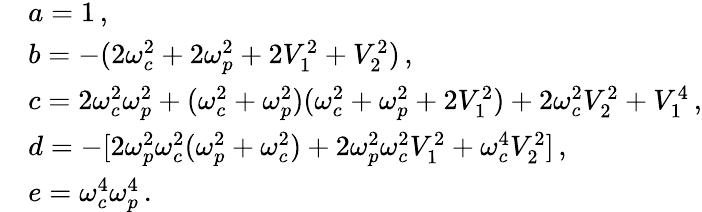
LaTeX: \begin{array}{rl}&{a=1\, ,}\\ &{b=-(2{\omega}_{c}^{2}+2{\omega}_{p}^{2}+2V_{1}^{2}+V_{2}^{2})\, ,}\\ &{c=2{\omega}_{c}^{2}{\omega}_{p}^{2}+({\omega}_{c}^{2}+{\omega}_{p}^{2})({\omega}_{c}^{2}+{\omega}_{p}^{2}+2V_{1}^{2})+2{\omega}_{c}^{2}V_{2}^{2}+V_{1}^{4}\, ,}\\ &{d=-[2{\omega}_{p}^{2}{\omega}_{c}^{2}({\omega}_{p}^{2}+{\omega}_{c}^{2})+2{\omega}_{p}^{2}{\omega}_{c}^{2}V_{1}^{2}+{\omega}_{c}^{4}V_{2}^{2}]\, ,}\\ &{e={\omega}_{c}^{4}{\omega}_{p}^{4}\, .}\end{array}